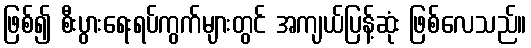
ဖြစ်၍ စီးပွားရေးရပ်ကွက်များတွင် အကျယ်ပြန့်ဆုံး ဖြစ်လေသည်။